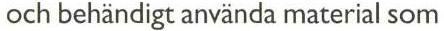
och behändigt använda material som